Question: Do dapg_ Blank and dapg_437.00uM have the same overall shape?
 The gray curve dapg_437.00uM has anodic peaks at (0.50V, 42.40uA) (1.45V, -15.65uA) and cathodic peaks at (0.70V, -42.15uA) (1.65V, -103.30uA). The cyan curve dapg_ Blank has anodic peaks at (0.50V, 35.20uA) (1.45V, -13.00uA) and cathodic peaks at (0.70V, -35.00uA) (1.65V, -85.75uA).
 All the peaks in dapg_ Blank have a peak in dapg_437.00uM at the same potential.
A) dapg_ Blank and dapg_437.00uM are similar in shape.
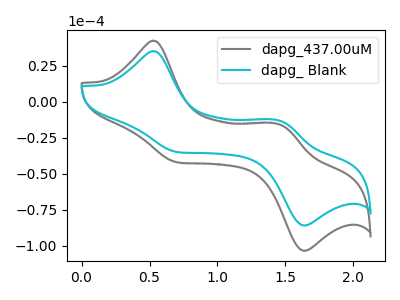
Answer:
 <answer>A) "dapg_ Blank" and "dapg_437.00uM" are similar in shape.</answer>
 <eval>A</eval>